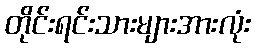
တိုင်းရင်းသားများအားလုံး